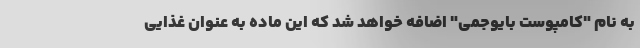
به نام "کامپوست بایوجمی" اضافه خواهد شد که این ماده به عنوان غذایی